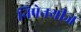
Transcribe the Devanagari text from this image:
निपेनथीज